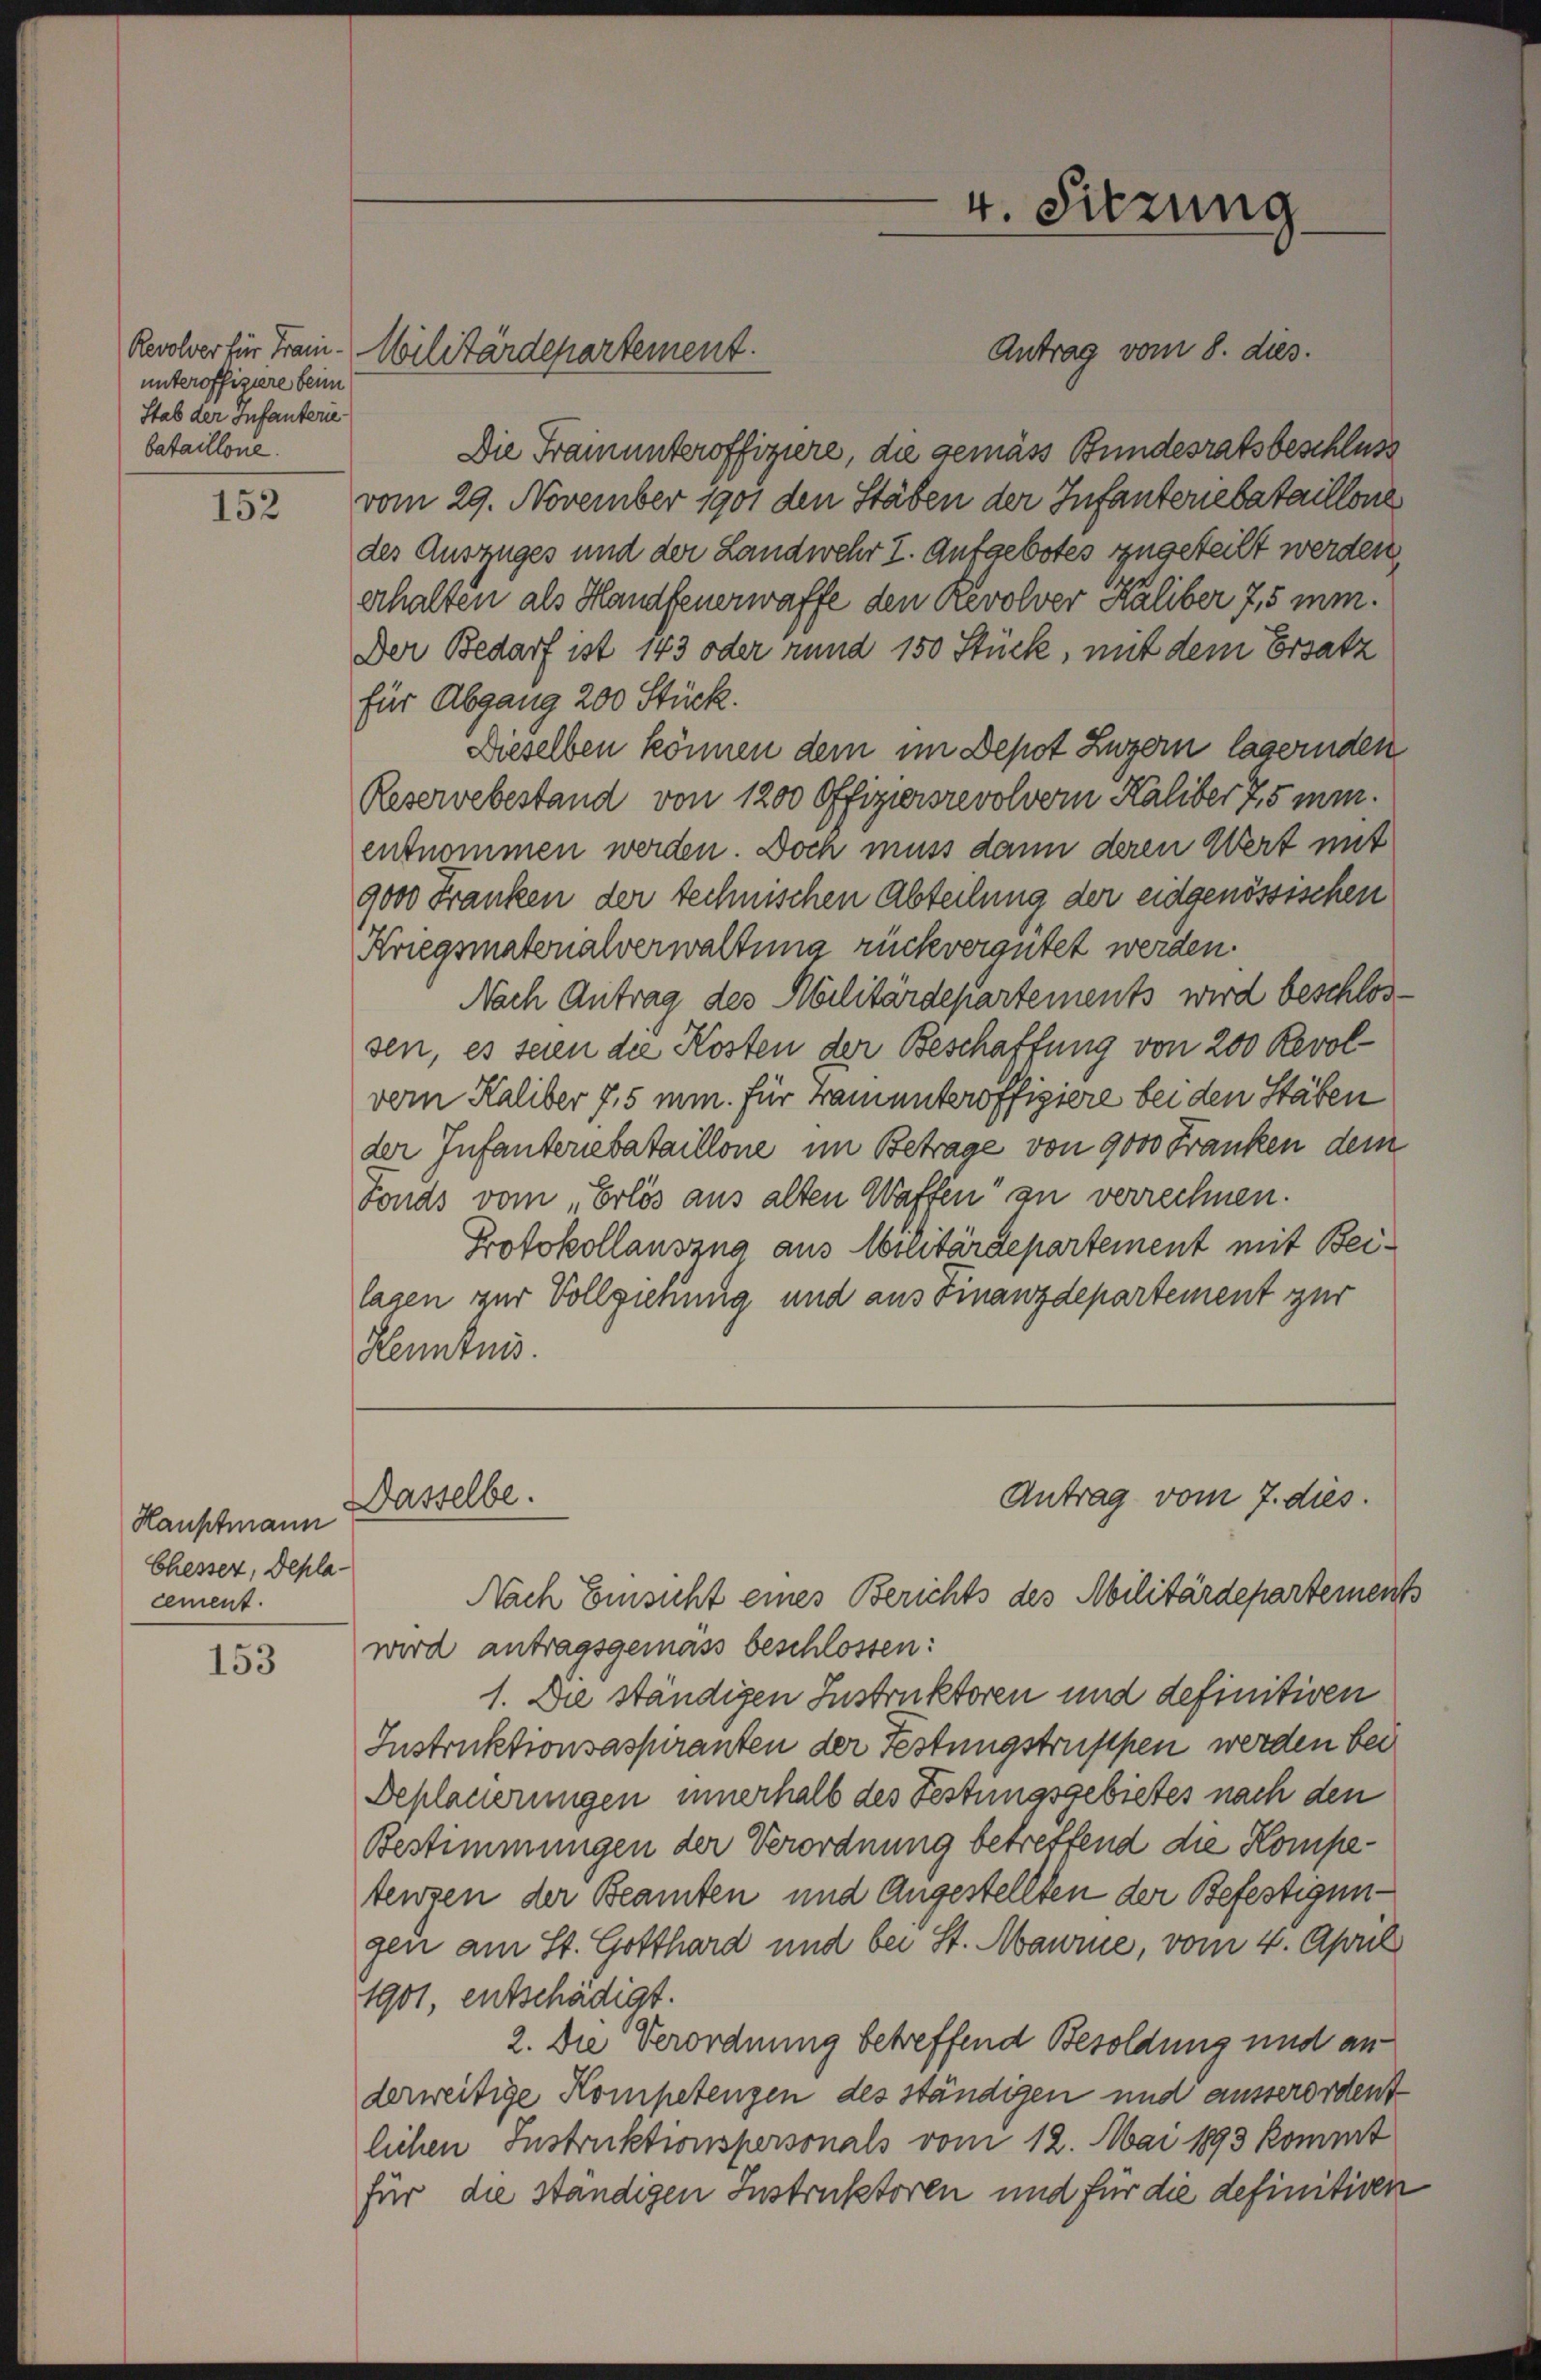
unteroffiziere beim
Stab der Infanterie
bataillone.

152

Hauptmann
Chesser, Deplacement.

153

Die Trauunteroffiziere, die gemäss Bundesratsbeschluss
vom 29. November 1901 den Stäben der Infantenebataillone
des Auszuges und der Landwehr I. Aufgebotes zugeteilt werden,
erhalten als Handfeuerwaffe den Revolver Kaliber 7,5 mm.
Der Bedarf ist 143 oder rund 150 Stück, mit dem Ersatz
für Abgang 200 Stück.
Dieselben können dem im Depot Luzern lasernden
Reservebestand von 1200 Offiziersrevolver Kaliber 7,5 minentnommen werden. Doch muss dann deren Wert mit
9000 Franken der technischen Abteilung der eidgenössischen
Kriegsmatonalverwaltung rückvergütet werden.
Nach Antrag des Abilitärdepartements wird beschlossen, es seien die Kosten der Beschaffung von 200 Revolvom Kaliber 7,5 min. Für Tamunteroffigiere bei den Stäben
der Infanteriebataillone im Betrage von 9000 Franken dem
Fonds vom Erlös aus alten Waffen“ an verrechnen.
Protokollauszug aus Breitärdepartement mit Beilagen zur Vollziehung und aus Finanzdepartement zur
Kenntnis.

Revolver für Frau. Militärdepartement.

4. Sitzung
Antrag vom 8. dies.

Antrag vom 7. dies
Dasselbe.

Nach Einsicht eines Berichts des Abilitärdepartements
wird antragsgemäss beschlossen:
1. Die ständigen Instruktoren und definitiven
Instruktionsaspiranten der Festungstruppen werden bei
Deplacierungen innerhalb des Festungsgebietes nach den
Bestimmungen der Verordnung betreffend die Kompetenzen der Beamten und Angestellten der Befestigungen am St. Gotthard und bei St. Maure, vom 4. April
1901, entschädigt.
2. Die Verordnung betreffend Besoldung und anderweitige Kompetenzen des ständigen und ausserordent
lichen Instruktionspersonals vom 12. Mai 1893 kommt
für die ständigen Instruktoren und für die definitiven